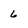
Character: 6